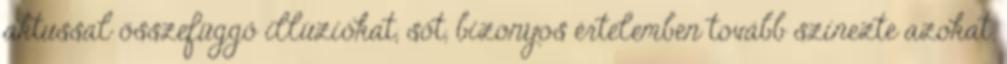
aktussal összefüggő illúziókat, sőt, bizonyos értelemben tovább színezte azokat.